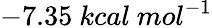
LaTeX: -7.35\ kcal\ mol^{-1}